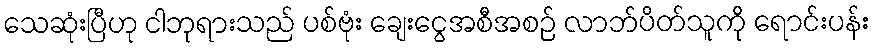
သေဆုံးပြီဟု ငါဘုရားသည် ပစ်ဗုံး ချေးငွေအစီအစဉ် လာဘ်ပိတ်သူကို ရောင်းပန်း